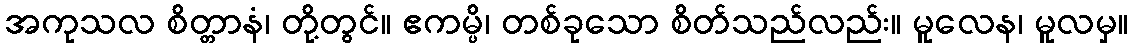
အကုသလ စိတ္တာနံ၊ တို့တွင်။ ဧကမ္ပိ၊ တစ်ခုသော စိတ်သည်လည်း။ မူလေန၊ မူလမှ။